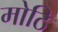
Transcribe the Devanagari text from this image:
मोठि